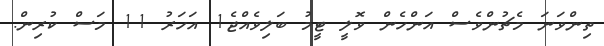
ތިންވަނަ މެޗުންވެސް އަންހެން ވޮލީ ޓީމު ބަލިވެއްޖެ1 އަހަރު 11 މަސް ކުރިން.